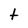
Character: t